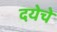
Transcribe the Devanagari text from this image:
दयेचे